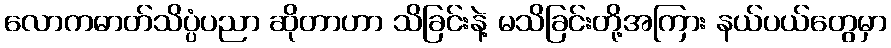
လောကဓာတ်သိပ္ပံပညာ ဆိုတာဟာ သိခြင်းနဲ့ မသိခြင်းတို့အကြား နယ်ပယ်တွေမှာ